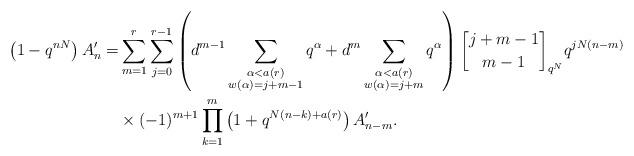
LaTeX: \begin{align*}\left(1-q^{nN}\right) A'_n =& \sum_{m=1}^{r} \sum_{j=0}^{r-1} \left(d^{m-1} \sum_{\substack{\alpha < a(r) \\ w(\alpha)=j+m-1}} q^{\alpha} + d^{m} \sum_{\substack{\alpha < a(r) \\ w(\alpha)=j+m}} q^{\alpha} \right) {j+m-1 \brack m-1}_{q^N} q^{jN(n-m)}\\& \times (-1)^{m+1} \prod_{k=1}^m \left(1 + q^{N(n-k)+a(r)}\right) A'_{n-m}.\end{align*}